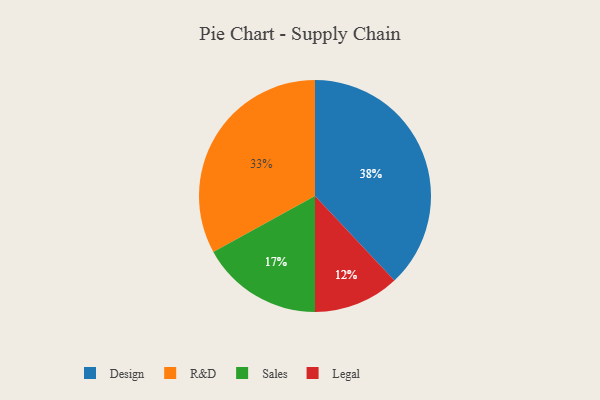
{"axis": {"x": "Category", "y": "Percentage"}, "legend": ["Design", "Legal", "R&D", "Sales"], "data": [{"x": "Legal", "y": 12, "type": "Legal"}, {"x": "R&D", "y": 33, "type": "R&D"}, {"x": "Sales", "y": 17, "type": "Sales"}, {"x": "Design", "y": 38, "type": "Design"}]}